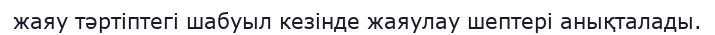
жаяу тәртіптегі шабуыл кезінде жаяулау шептері анықталады.